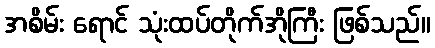
အစိမ်း ရောင် သုံးထပ်တိုက်အိုကြီး ဖြစ်သည်။